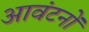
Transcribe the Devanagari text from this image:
आवंटनों